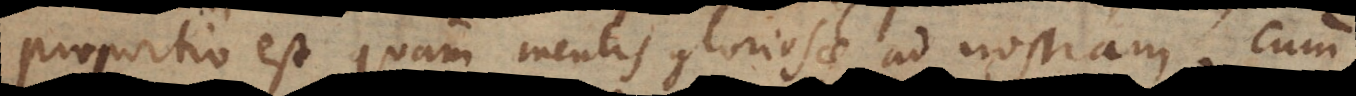
proportio est quam mentis gloriosae ad nostram. Cum